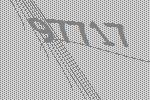
97717